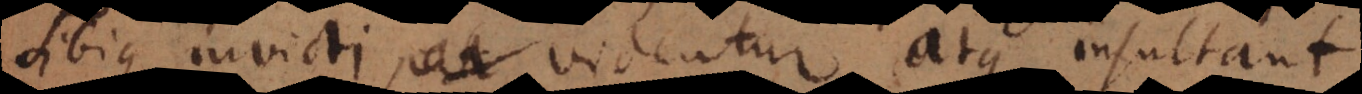
sibique invicti videntur atque insultant